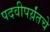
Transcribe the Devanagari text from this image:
पदवीपर्य़ंतचे